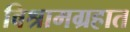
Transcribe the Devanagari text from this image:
विश्रामग्रहात